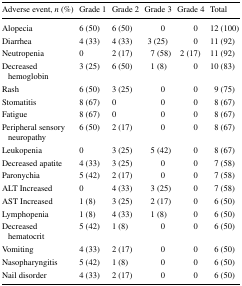
<table><thead><tr><td><b>Adverse event, <i>n</i> (%)</b></td><td><b>Grade 1</b></td><td><b>Grade 2</b></td><td><b>Grade 3</b></td><td><b>Grade 4</b></td><td><b>Total</b></td></tr></thead><tbody><tr><td>Alopecia</td><td>6 (50)</td><td>6 (50)</td><td>0</td><td>0</td><td>12 (100)</td></tr><tr><td>Diarrhea</td><td>4 (33)</td><td>4 (33)</td><td>3 (25)</td><td>0</td><td>11 (92)</td></tr><tr><td>Neutropenia</td><td>0</td><td>2 (17)</td><td>7 (58)</td><td>2 (17)</td><td>11 (92)</td></tr><tr><td>Decreased hemoglobin</td><td>3 (25)</td><td>6 (50)</td><td>1 (8)</td><td>0</td><td>10 (83)</td></tr><tr><td>Rash</td><td>6 (50)</td><td>3 (25)</td><td>0</td><td>0</td><td>9 (75)</td></tr><tr><td>Stomatitis</td><td>8 (67)</td><td>0</td><td>0</td><td>0</td><td>8 (67)</td></tr><tr><td>Fatigue</td><td>8 (67)</td><td>0</td><td>0</td><td>0</td><td>8 (67)</td></tr><tr><td>Peripheral sensory neuropathy</td><td>6 (50)</td><td>2 (17)</td><td>0</td><td>0</td><td>8 (67)</td></tr><tr><td>Leukopenia</td><td>0</td><td>3 (25)</td><td>5 (42)</td><td>0</td><td>8 (67)</td></tr><tr><td>Decreased apatite</td><td>4 (33)</td><td>3 (25)</td><td>0</td><td>0</td><td>7 (58)</td></tr><tr><td>Paronychia</td><td>5 (42)</td><td>2 (17)</td><td>0</td><td>0</td><td>7 (58)</td></tr><tr><td>ALT Increased</td><td>0</td><td>4 (33)</td><td>3 (25)</td><td>0</td><td>7 (58)</td></tr><tr><td>AST Increased</td><td>1 (8)</td><td>3 (25)</td><td>2 (17)</td><td>0</td><td>6 (50)</td></tr><tr><td>Lymphopenia</td><td>1 (8)</td><td>4 (33)</td><td>1 (8)</td><td>0</td><td>6 (50)</td></tr><tr><td>Decreased hematocrit</td><td>5 (42)</td><td>1 (8)</td><td>0</td><td>0</td><td>6 (50)</td></tr><tr><td>Vomiting</td><td>4 (33)</td><td>2 (17)</td><td>0</td><td>0</td><td>6 (50)</td></tr><tr><td>Nasopharyngitis</td><td>5 (42)</td><td>1 (8)</td><td>0</td><td>0</td><td>6 (50)</td></tr><tr><td>Nail disorder</td><td>4 (33)</td><td>2 (17)</td><td>0</td><td>0</td><td>6 (50)</td></tr></tbody></table>